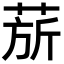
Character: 𬝅